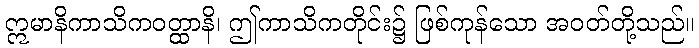
ဣမာနိကာသိကဝတ္ထာနိ၊ ဤကာသိကတိုင်း၌ ဖြစ်ကုန်သော အဝတ်တို့သည်။